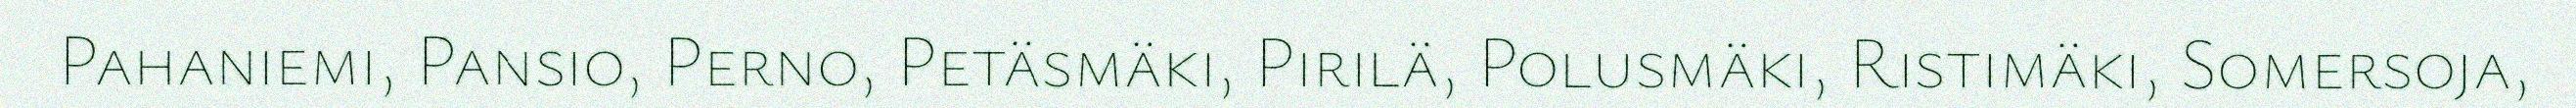
Pahaniemi, Pansio, Perno, Petäsmäki, Pirilä, Polusmäki, Ristimäki, Somersoja,